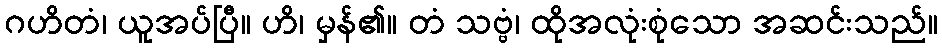
ဂဟိတံ၊ ယူအပ်ပြီ။ ဟိ၊ မှန်၏။ တံ သဗ္ဗံ၊ ထိုအလုံးစုံသော အဆင်းသည်။